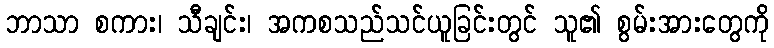
ဘာသာ စကား၊ သီချင်း၊ အကစသည်သင်ယူခြင်းတွင် သူ၏ စွမ်းအားတွေကို